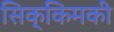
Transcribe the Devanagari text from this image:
सिक्किमकी